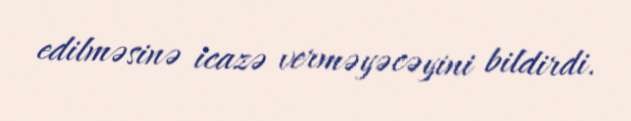
edilməsinə icazə verməyəcəyini bildirdi.